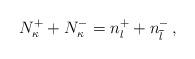
LaTeX: \begin{align*}N_\kappa^++N_\kappa^-=n_l^++n_{\overline l}^-\,,\end{align*}